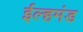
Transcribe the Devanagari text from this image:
ईल्हमंड